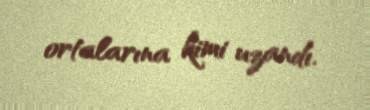
ortalarına kimi uzandı.